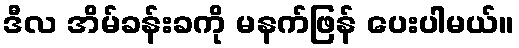
ဒီလ အိမ်ခန်းခကို မနက်ဖြန် ပေးပါမယ်။